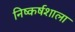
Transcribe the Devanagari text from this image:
निष्कर्षशाला